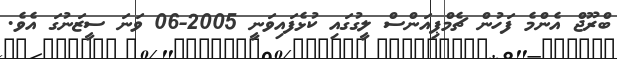
ބްރޫޖް އެންމެ ފަހުން ޗެމްޕިއަންސް ލީގުގައި ކުޅެފައިވަނީ 2005-06 ވަނަ ސީޒަނުގަ އެވެ.